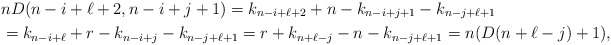
\begin{align*}&n D(n-i+\ell+2, n-i+j+1)=k_{n-i+\ell+2}+n-k_{n-i+j+1}-k_{n-j+\ell+1}\\ &=k_{n-i+\ell}+r-k_{n-i+j}-k_{n-j+\ell+1}=r+k_{n+\ell-j}-n -k_{n-j+\ell+1}= n(D(n+\ell-j)+1),\end{align*}